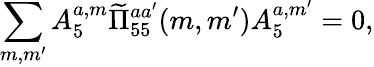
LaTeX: \sum_{m,m^{\prime}}A_{5}^{a,m}\widetilde\Pi_{55}^{aa^{\prime}}(m,m^{\prime})A_{5}^{a,m^{\prime}}=0,